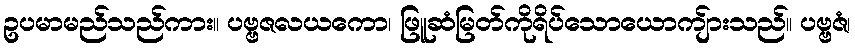
ဥပမာမည်သည်ကား။ ပဗ္ဗဇလယကော၊ ဖြူဆံမြတ်ကိုရိပ်သောယောကျ်ားသည်။ ပဗ္ဗဇံ၊